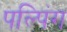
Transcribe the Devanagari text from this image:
पल्पिंग